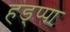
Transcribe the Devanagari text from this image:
हड्प्पा